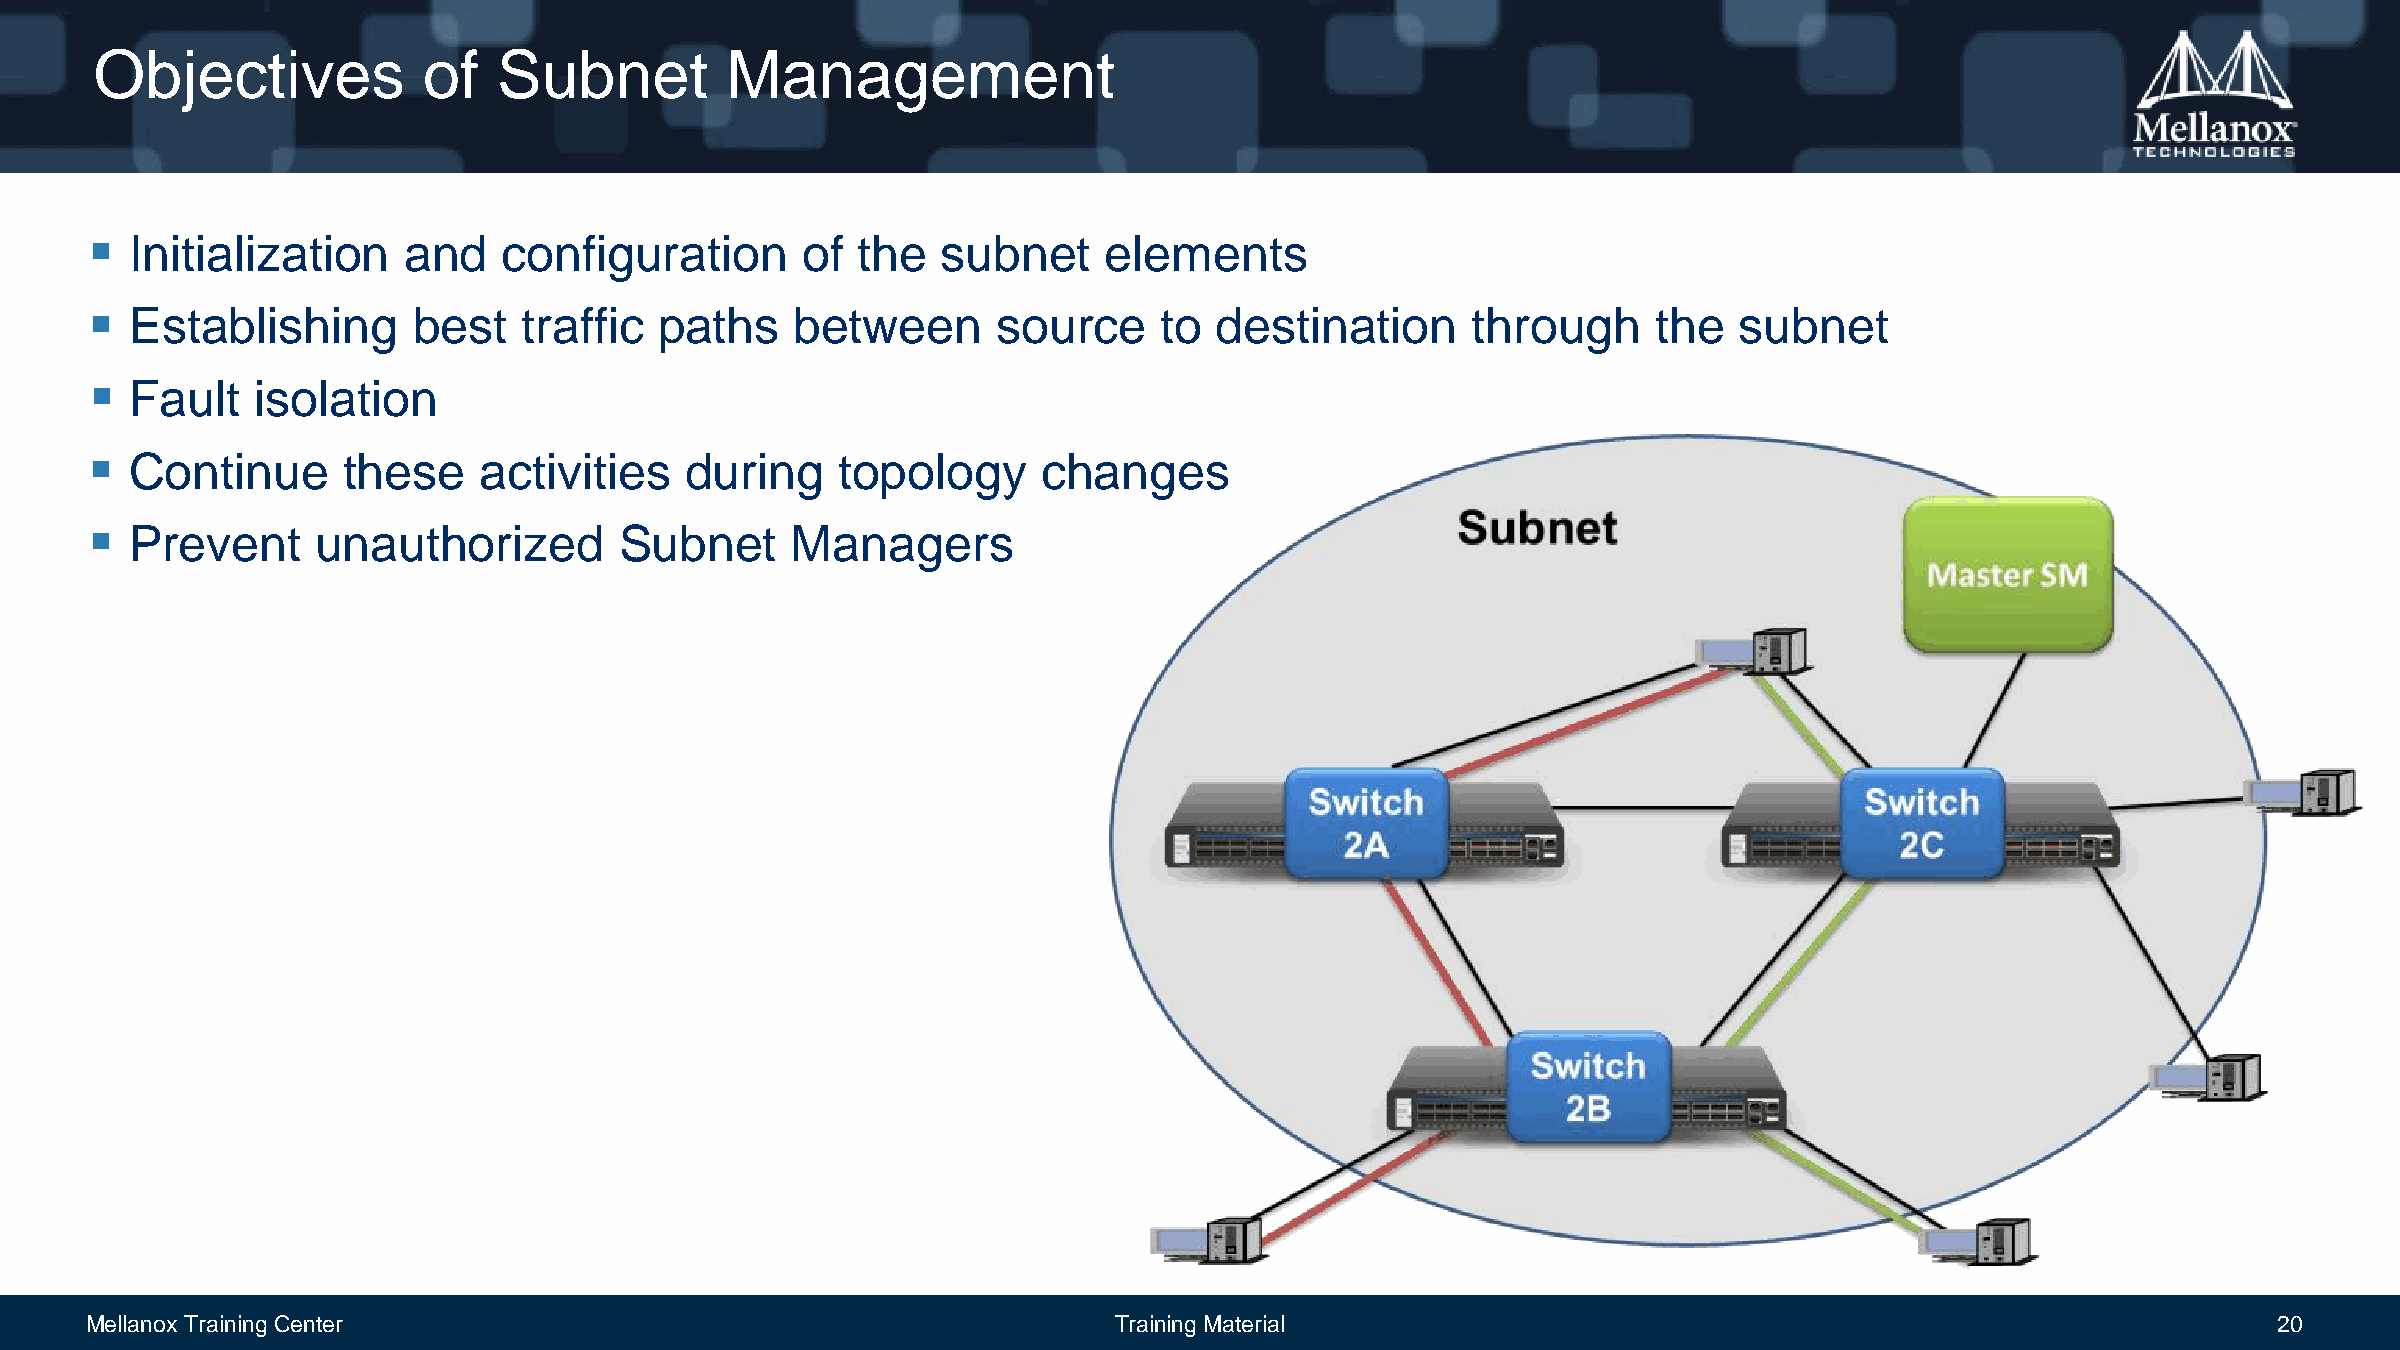
Objectives            of   Subnet         Management
   Initialization    and   configuration       of  the  subnet     elements
   Establishing      best    traffic  paths    between      source     to  destination     through      the  subnet
   Fault   isolation
   Continue      these    activities   during     topology     changes
   Prevent     unauthorized        Subnet     Managers
 Mellanox Training Center                                            Training Material                                                            20